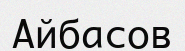
Айбасов